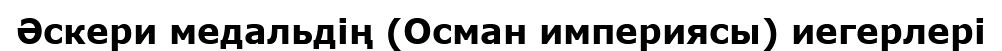
Әскери медальдің (Осман империясы) иегерлері